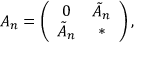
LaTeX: A _ { n } = \left( \begin{array} { c c } { { 0 } } & { { \tilde { A } _ { n } } } \\ { { \tilde { A } _ { n } } } & { { * } } \end{array} \right) ,